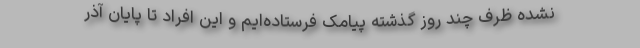
نشده ظرف چند روز گذشته پیامک فرستاده‌ایم و این افراد تا پایان آذر